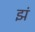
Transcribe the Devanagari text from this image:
झं